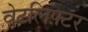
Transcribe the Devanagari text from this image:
वेटलिफ़्टर